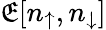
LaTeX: \mathfrak{E}[n_{\uparrow},n_{\downarrow}]